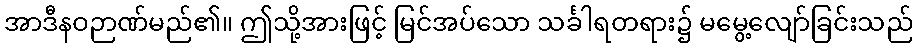
အာဒီနဝဉာဏ်မည်၏။ ဤသို့အားဖြင့် မြင်အပ်သော သင်္ခါရတရား၌ မမွေ့လျော်ခြင်းသည်